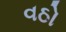
વઠો